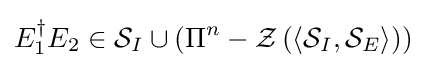
E_{1}^{\dagger }E_{2}\in {\mathcal {S}}_{I}\cup \left(\Pi ^{n}-{\mathcal {Z}}\left(\left\langle {\mathcal {S}}_{I},{\mathcal {S}}_{E}\right\rangle \right)\right)